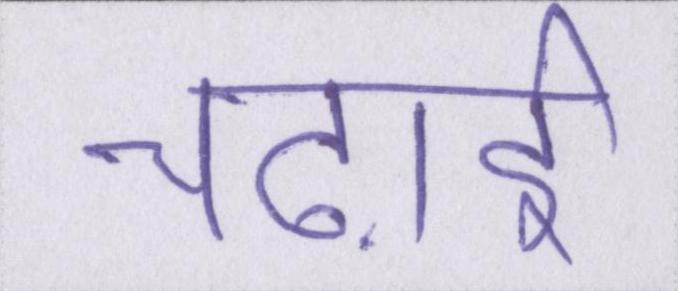
चढ़ाई